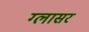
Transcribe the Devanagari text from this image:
ग्लासर